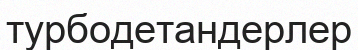
турбодетандерлер